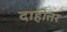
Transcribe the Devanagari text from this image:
दाहोत्तर